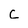
Character: C